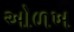
ઓળખ